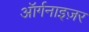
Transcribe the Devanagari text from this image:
ऑर्गनाइज़र